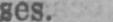
ses.